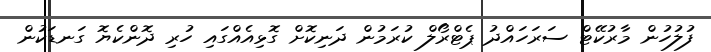
ފުލުހުން މާރުކޭޓް ސަރަހައްދު ޕެޓްރޯލް ކުރަމުން ދަނިކޮށް ގޮޅިއެއްގައި ހުރި ދޮންކެޔޮ ގަނޑަކުން